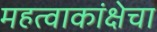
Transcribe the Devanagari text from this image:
महत्वाकांक्षेचा